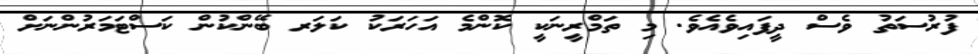
ފުރުސަތު ވެސް ދީފައިވެއެވެ. މި ތަމްރީނަކީ ކޮންމެ އަހަރަކު ކަލަރ ބޭންކުން ކަސްޓަމަރުންނަށް